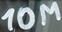
Text: 10M